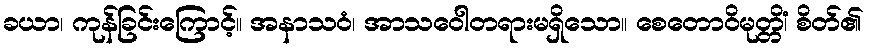
ခယာ၊ ကုန်ခြင်းကြောင့်။ အနာသဝံ၊ အာသဝေါတရားမရှိသော။ စေတောဝိမုတ္တိံ၊ စိတ်၏